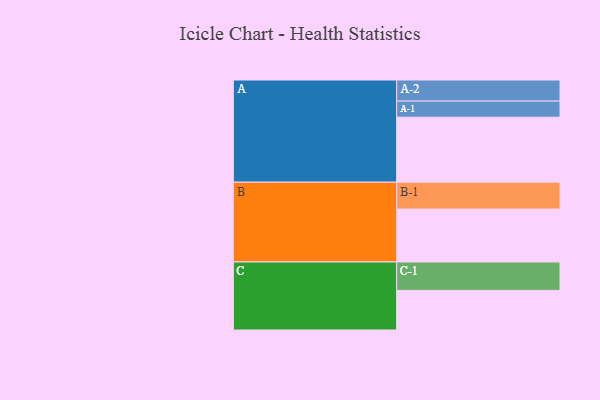
{"axis": {"x": "Segment", "y": "Value"}, "legend": ["", "A", "B", "C"], "data": [{"x": "A", "y": 586, "type": ""}, {"x": "B", "y": 477, "type": ""}, {"x": "C", "y": 357, "type": ""}, {"x": "A-1", "y": 145, "type": "A"}, {"x": "A-2", "y": 190, "type": "A"}, {"x": "B-1", "y": 242, "type": "B"}, {"x": "C-1", "y": 256, "type": "C"}]}